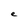
Character: e